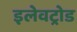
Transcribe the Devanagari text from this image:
इलेवट्रोड